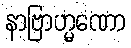
နာဗြာဟ္မဏော